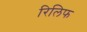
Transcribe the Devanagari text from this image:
रिलिफ